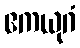
ဧကယုဂံ